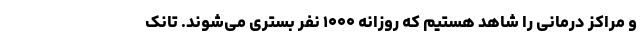
و مراکز درمانی را شاهد هستیم که روزانه ۱۰۰۰ نفر بستری می‌شوند. تانک